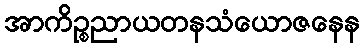
အာကိဉ္စညာယတနသံယောဇနေန